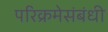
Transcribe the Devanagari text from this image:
परिक्रमेसंबंधी